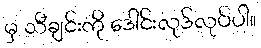
မှ သီချင်းကို ဒေါင်းလုဒ်လုပ်ပါ။